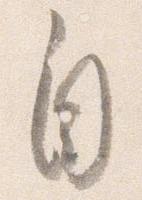
自